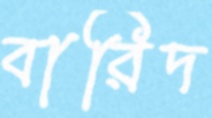
বারিদ